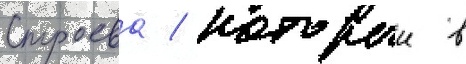
Строева / которыи в